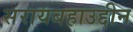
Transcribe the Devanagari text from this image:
सरायबहाउद्दीन